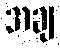
အချ